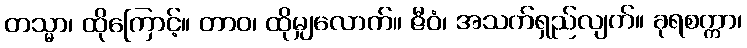
တသ္မာ၊ ထိုကြောင့်။ တာဝ၊ ထိုမျှလောက်။ ဇီဝံ၊ အသက်ရှည်လျက်။ ခုရစက္ကာ၊